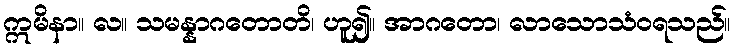
ဣမိနာ။ လ။ သမန္နာဂတောတိ၊ ဟူ၍။ အာဂတော၊ လာသောသံဝရသည်။